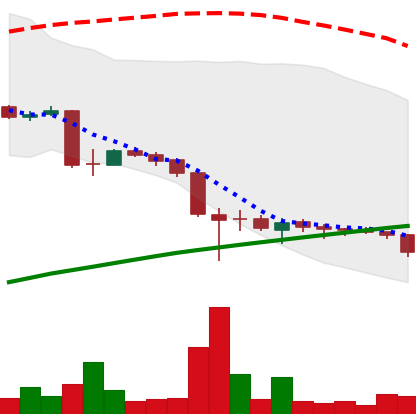
Ticker: LTC-USD
Chart end date: 2015-09-03
Forward return: 15.732%
Label: up_7plus